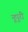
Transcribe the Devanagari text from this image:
नूपुरी